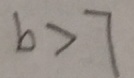
b > 7